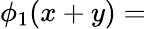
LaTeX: \phi_{1}(x+y)=